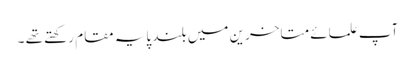
آپ علمائے متاخرین میں بلند پایہ مقام رکھتے تھے ۔